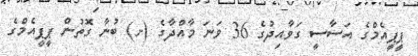
ޕީޕީއެމްގެ އަސާސީ ގަވާއިދުގެ 36 ވަނަ މާއްދާގެ (ށ) ބުނާ ގޮތުން ޕީޕީއެމްގެ